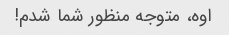
اوه، متوجه منظور شما شدم!